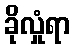
ခိုလှုံရာ